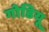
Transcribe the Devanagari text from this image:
गोडियू